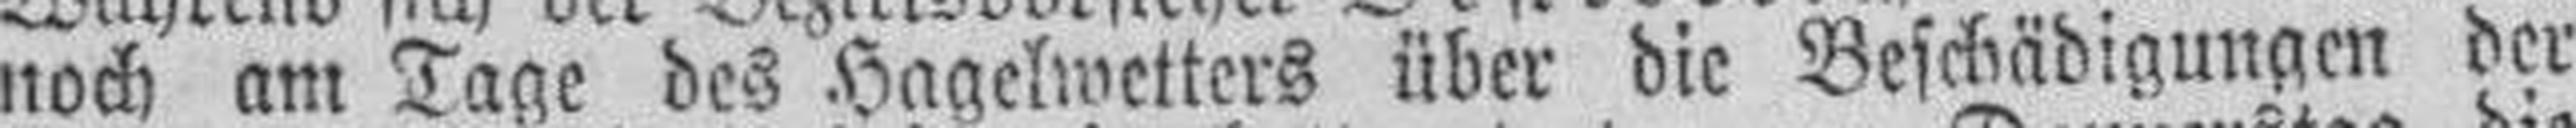
noch am Tage des Hagelwetters über die Beschädigungen der